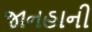
જાનહાની